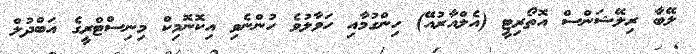
ލޭބާ ރިލޭޝަންސް އޮތޯރިޓީ (އެލްއާރުއޭ) ހިންގުމާއި ހަވާލުވެ ހުންނެވި އިކޮނޮމިކް މިނިސްޓްރީގެ އަބްދުލް